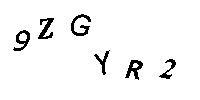
9ZGYR2